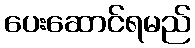
ပေးဆောင်ရမည်